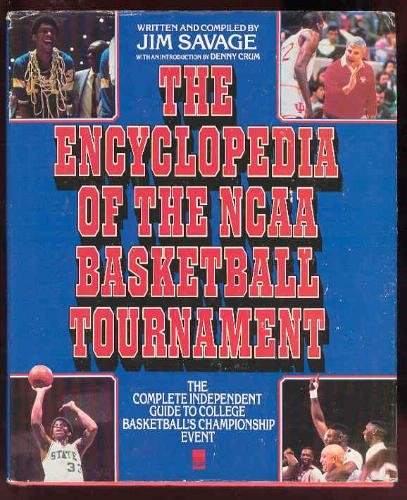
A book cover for Encyclopedia of the NCAA Basketball Tour; Jim Savage; Sports & Outdoors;